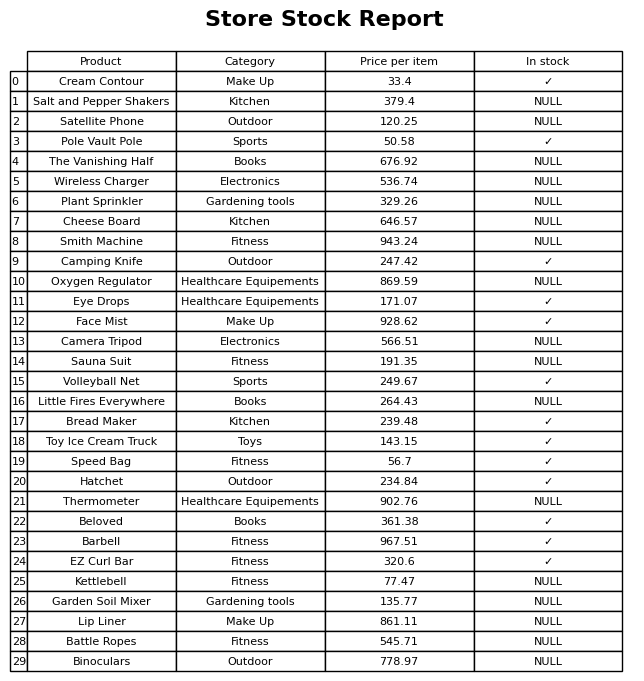
question: What is the price for Kettlebell?
answer: The price of Kettlebell is 77.47.